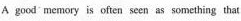
A good memory is often seen as something that